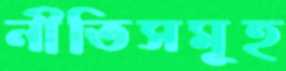
নীতিসমূহ